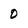
Character: 0